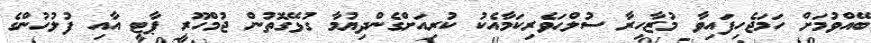
ބޭއްވުމަށް ހަމަޖެހިފައިވާ މުޒާހިރާ ސުލްޙަވެރިކަމާއެކު ކުރިއަށްގެންދިޔުމާ ގުޅޭގޮތުން ޖުމްހޫރީ ޕާޓީ އާއި ފުލުހުންގެ